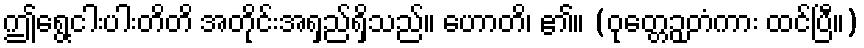
ဤရွေ့ငါးပါးတိတိ အတိုင်းအရှည်ရှိသည်။ ဟောတိ၊ ၏။ (ဝုတ္တေဉှတံကား ထင်ပြီ။)